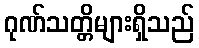
ဂုဏ်သတ္တိများရှိသည်